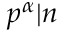
p ^ { \alpha } | n